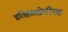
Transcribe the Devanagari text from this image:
इतिहासप्रेमींसह